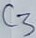
Text: C3